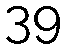
39